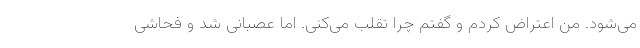
می‌شود. من اعتراض کردم و گفتم چرا تقلب می‌کنی. اما عصبانی شد و فحاشی